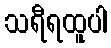
သရီရထူပါ